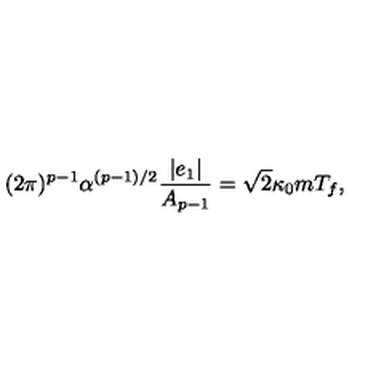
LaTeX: ( 2 \pi ) ^ { p - 1 } \alpha ^ { ( p - 1 ) / 2 } \frac { | e _ { 1 } | } { A _ { p - 1 } } = \sqrt { 2 } \kappa _ { 0 } m T _ { f } ,